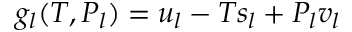
g _ { l } ( T , P _ { l } ) = u _ { l } - T s _ { l } + P _ { l } v _ { l }